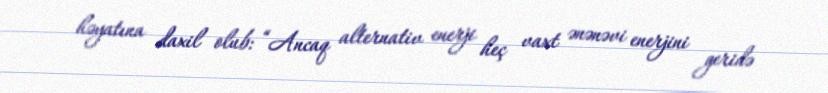
həyatına daxil olub: “Ancaq alternativ enerji heç vaxt ənənəvi enerjini geridə